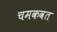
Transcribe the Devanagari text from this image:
चमकवत